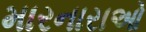
મારનારાઓ